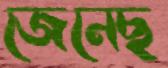
জেনেছ